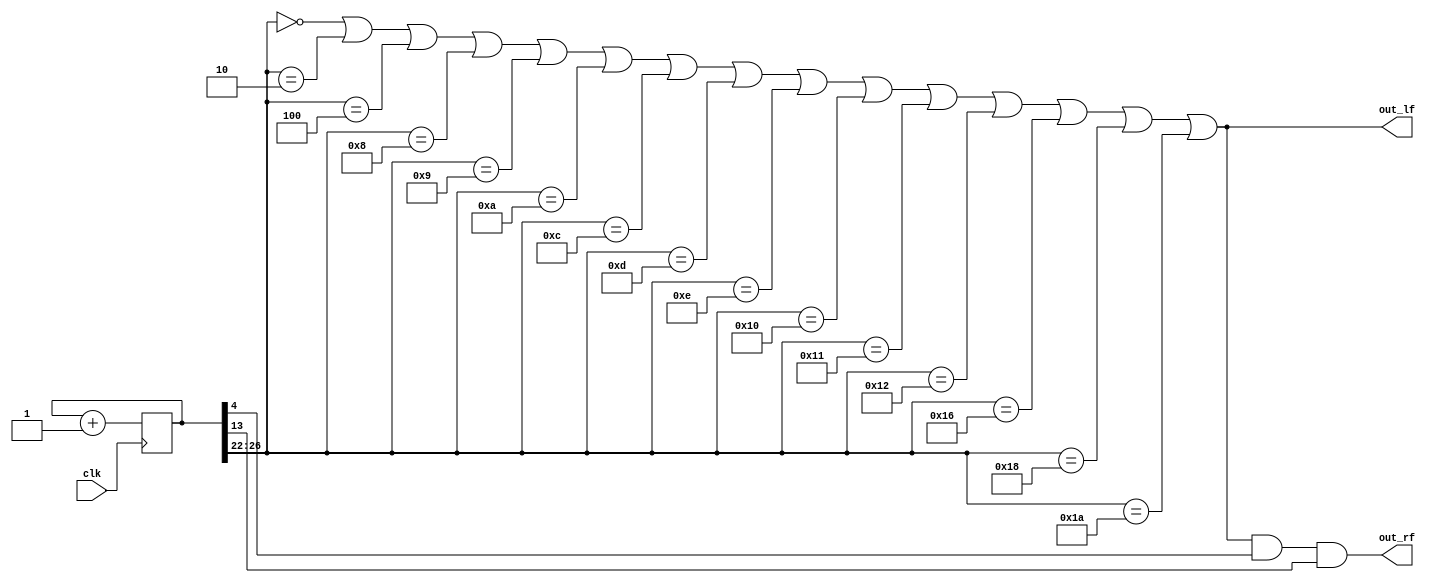
module epm7064_cw_tx(clk, out_lf, out_rf);
input wire clk;
output wire out_lf;
output wire out_rf;

reg [27:0] cnt; initial cnt <= 28'd0;

always @(posedge clk) cnt <= cnt + 1'b1;

wire [4:0] hi_bits = cnt[26:26-4];

wire cw = (hi_bits == 5'd0) ||
		    (hi_bits == 5'd2) ||
		    (hi_bits == 5'd4) ||
		    (hi_bits == 5'd8) ||
		    (hi_bits == 5'd9) ||
		    (hi_bits == 5'd10) ||
		    (hi_bits == 5'd12) ||
		    (hi_bits == 5'd13) ||
		    (hi_bits == 5'd14) ||
		    (hi_bits == 5'd16) ||
		    (hi_bits == 5'd17) ||
		    (hi_bits == 5'd18) ||
		    (hi_bits == 5'd22) ||
		    (hi_bits == 5'd24) ||
		    (hi_bits == 5'd26);
			 
assign out_lf = cw;

wire audio = cnt[13]; // 14  - 1536  -   
wire rf    = cnt[ 4]; //  5  - ~786 R - 

assign out_rf = cw & rf & audio;

endmodule